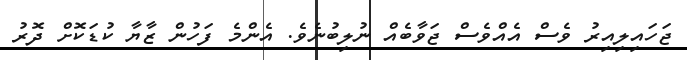
ޖަހައިލިއިރު ވެސް އެއްވެސް ޖަވާބެއް ނުލިބުނެވެ. އެންމެ ފަހުން ޒާޔާ ކުޑަކޮށް ދޮރު